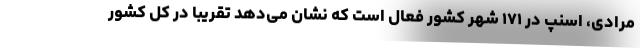
مرادی، اسنپ در ۱۷۱ شهر کشور فعال است که نشان می‌دهد تقریبا در کل کشور